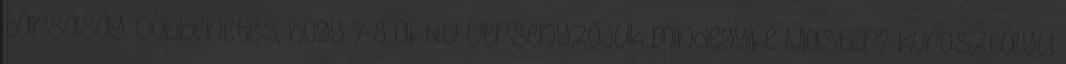
társaság. Döbbenetes, hogy 7-8 aktív versenyzőjük mindegyike Master2 korosztályú